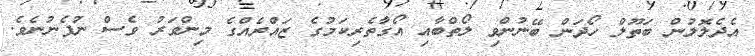
އެދެލޮލުން ބަތޫލް ހޯދަން ބޭނުންވި ލޯތްބާއި އޯގާތެރިކަމުގެ ޒައްރެއްގެ މިންވަރު ވެސް ނުފެނުނެވެ.